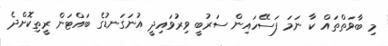
މި ބާވަތްތައް ކާ ނަމަ ފަސޭހައިން ސަރުބީ ވިރުވައިދީ އުނަގަނޑުގެ ބައްޓަން ރީތިކޮށްދެ